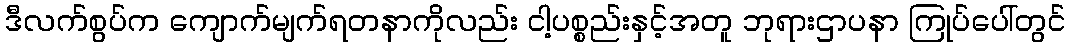
ဒီလက်စွပ်က ကျောက်မျက်ရတနာကိုလည်း ငါ့ပစ္စည်းနှင့်အတူ ဘုရားဌာပနာ ကြုပ်ပေါ်တွင်